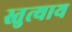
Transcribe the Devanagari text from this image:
स्तुत्याय